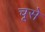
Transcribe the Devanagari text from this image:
चूसे